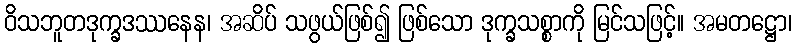
ဝိသဘူတဒုက္ခဒဿနေန၊ အဆိပ် သဖွယ်ဖြစ်၍ ဖြစ်သော ဒုက္ခသစ္စာကို မြင်သဖြင့်။ အမတဋ္ဌော၊